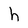
Character: h